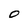
Character: 0